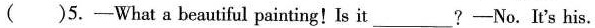
( )5.-What a beautiful painting! Is it ___ ?-No.It's his.